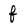
Character: f